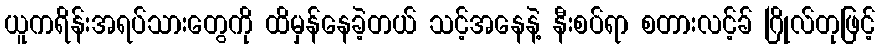
ယူကရိန်းအရပ်သားတွေကို ထိမှန်နေခဲ့တယ် သင့်အနေနဲ့ နီးစပ်ရာ စတားလင့်ခ် ဂြိုလ်တုဖြင့်